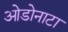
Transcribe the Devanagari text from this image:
ओडोनाटा